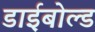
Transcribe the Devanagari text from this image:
डाईबोल्ड